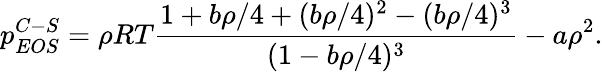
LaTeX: p_{EOS}^{C-S}=\rho RT\frac{1+b\rho/4+(b\rho/4)^{2}-(b\rho/4)^{3}}{(1-b\rho/4)^{3}}-a\rho^{2}.